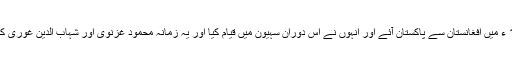
شیخ عثمان مروندی شہباز قلندر 1196 ء میں افغانستان سے پاکستان آئے اور انہوں نے اس دوران سہیون میں قیام کیا اور یہ زمانہ محمود غزنوی اور شہاب الدین غوری کے خاندانوں کی حکمرانی کا زمانہ تھا۔